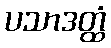
ပသာဒတ္ထံ